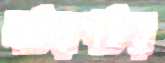
লটরপটর